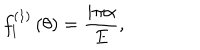
LaTeX: f _ { l } ^ { \left( 1 \right) } \left( \theta \right) = \frac { i \pi \alpha } { E } , \qquad